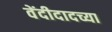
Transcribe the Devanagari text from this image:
वेंदीदादच्या